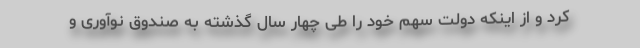
کرد و از اینکه دولت سهم خود را طی چهار سال گذشته به صندوق نوآوری و